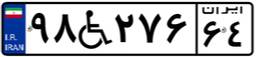
۹۸W۲۷۶۶۴